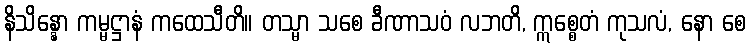
နိသိန္နော ကမ္မဋ္ဌာနံ ကထေသီတိ။ တသ္မာ သစေ ခီဏာသဝံ လဘတိ, ဣစ္စေတံ ကုသလံ, နော စေ